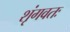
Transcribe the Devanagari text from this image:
शृंगवतः